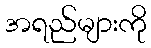
အရည်များကို